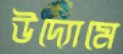
উদ্যোমে